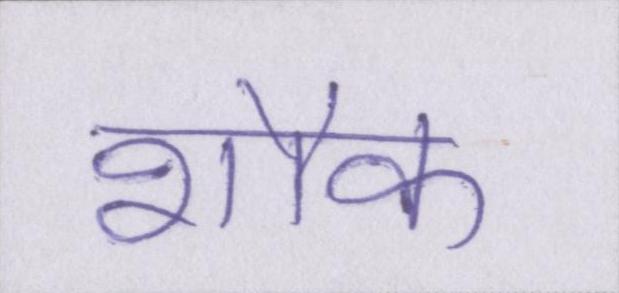
शौक